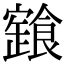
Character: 𩝩